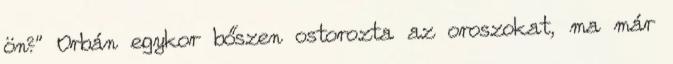
ön?” Orbán egykor bőszen ostorozta az oroszokat, ma már